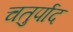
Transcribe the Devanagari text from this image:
चतुर्पाद